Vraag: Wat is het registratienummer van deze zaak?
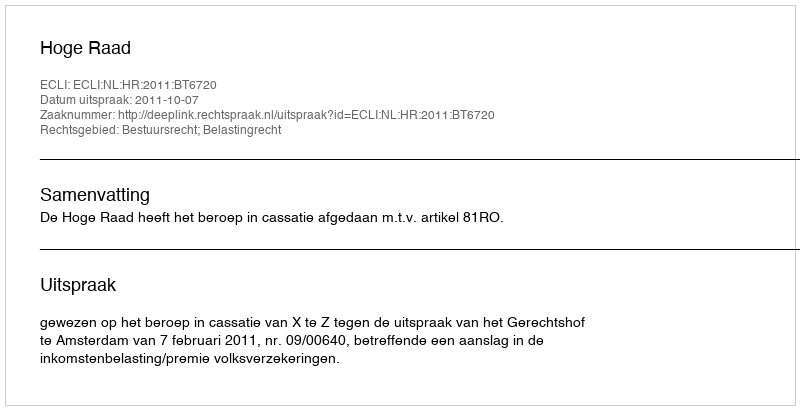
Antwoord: http://deeplink.rechtspraak.nl/uitspraak?id=ECLI:NL:HR:2011:BT6720